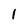
Character: 1